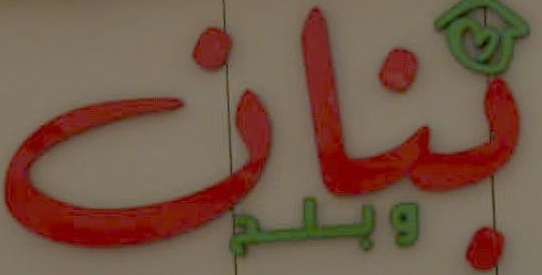
ثنان